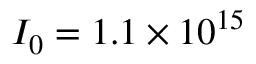
I _ { 0 } = 1 . 1 \times 1 0 ^ { 1 5 }